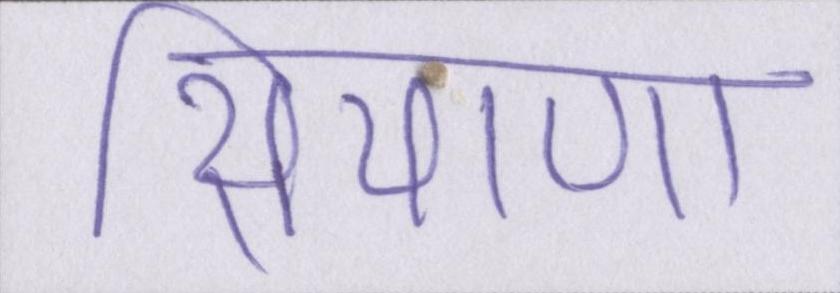
सियाणा